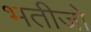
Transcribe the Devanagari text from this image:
भतीजो